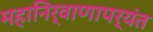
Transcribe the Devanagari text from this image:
महानिर्वाणापर्यंत